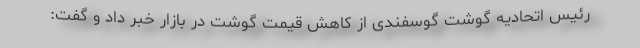
رئیس اتحادیه گوشت گوسفندی از کاهش قیمت گوشت در بازار خبر داد و گفت: